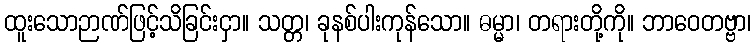
ထူးသောဉာဏ်ဖြင့်သိခြင်းငှာ။ သတ္တ၊ ခုနစ်ပါးကုန်သော။ ဓမ္မာ၊ တရားတို့ကို။ ဘာဝေတဗ္ဗာ၊